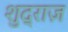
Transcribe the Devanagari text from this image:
शुद्राज़